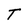
Character: T